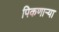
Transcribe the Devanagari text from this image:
पिकणाऱ्या